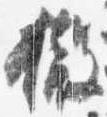
撤